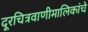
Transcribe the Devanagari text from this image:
दूरचित्रवाणीमालिकांचे